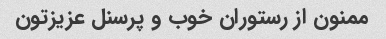
ممنون از رستوران خوب و پرسنل عزیزتون